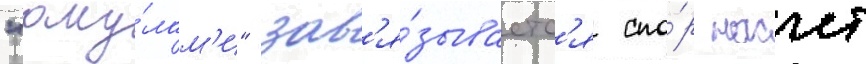
"аку́лам'и" зав'я́зываетс'я спо́р насчет